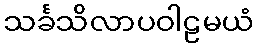
သင်္ခသိလာပဝါဠမယံ